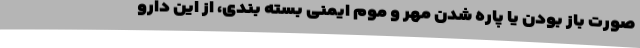
صورت باز بودن یا پاره شدن مهر و موم ایمنی بسته بندی، از این دارو